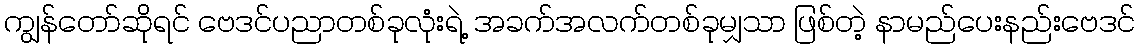
ကျွန်တော်ဆိုရင် ဗေဒင်ပညာတစ်ခုလုံးရဲ့ အခက်အလက်တစ်ခုမျှသာ ဖြစ်တဲ့ နာမည်ပေးနည်းဗေဒင်